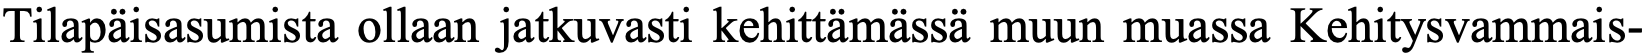
Tilapäisasumista ollaan jatkuvasti kehittämässä muun muassa Kehitysvammais-